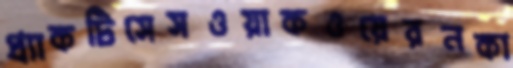
প্র্যাকটিসেসওয়াকওয়েরনকা